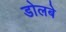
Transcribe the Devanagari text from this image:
डोलबे